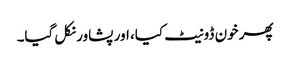
پھر خون ڈونیٹ کیا، اور پشاور نکل گیا۔